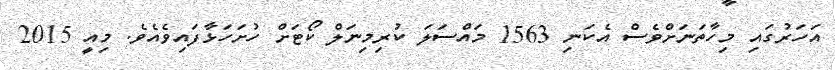
އަހަރުގައި މިހާތަނަށްވެސް އެކަނި 1563 މައްސަލަ ކުރިމިނަލް ކޯޓަށް ހުށަހަޅާފައިވެއެވެ. މިއީ 2015